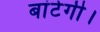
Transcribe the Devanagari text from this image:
बांटेगी।